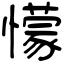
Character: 懞